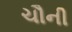
ચૌની